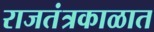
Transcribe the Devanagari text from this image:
राजतंत्रकाळात